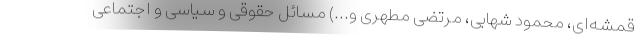
قمشه‌ای، محمود شهابی، مرتضی مطهری و...) مسائل حقوقی و سیاسی و اجتماعی